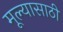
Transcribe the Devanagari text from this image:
मूल्यासाठी